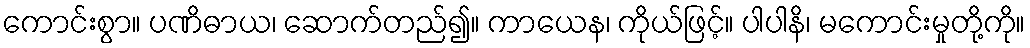
ကောင်းစွာ။ ပဏိဓာယ၊ ဆောက်တည်၍။ ကာယေန၊ ကိုယ်ဖြင့်။ ပါပါနိ၊ မကောင်းမှုတို့ကို။